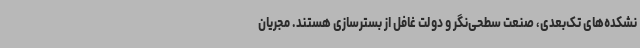
نشکده‌های تک‌بعدی، صنعت سطحی‌نگر و دولت غافل از بسترسازی هستند. مجریان